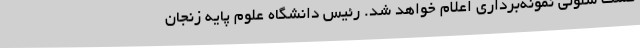
کشت سلولی نمونه‌برداری اعلام خواهد شد. رئیس دانشگاه علوم پایه زنجان